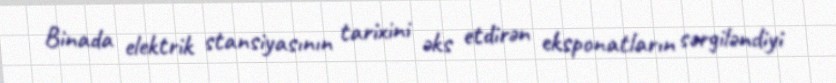
Binada elektrik stansiyasının tarixini əks etdirən eksponatların sərgiləndiyi